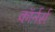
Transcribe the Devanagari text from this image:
कॉर्नर्स